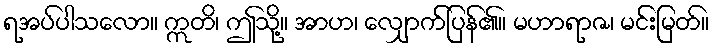
ရအပ်ပါသလော။ ဣတိ၊ ဤသို့။ အာဟ၊ လျှောက်ပြန်၏။ မဟာရာဇ၊ မင်းမြတ်။